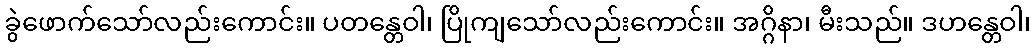
ခွဲဖောက်သော်လည်းကောင်း။ ပတန္တေဝါ၊ ပြိုကျသော်လည်းကောင်း။ အဂ္ဂိနာ၊ မီးသည်။ ဒဟန္တေဝါ၊